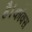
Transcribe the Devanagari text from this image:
है।कॉक्स